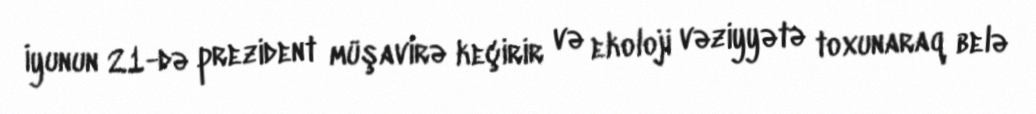
İyunun 21-də prezident müşavirə keçirir və ekoloji vəziyyətə toxunaraq belə